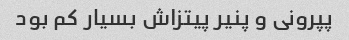
پپرونی و پنیر پیتزاش بسیار کم‌ بود